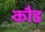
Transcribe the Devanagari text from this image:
कौड